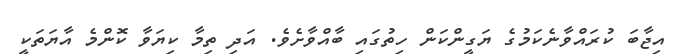
އިޖާބަ ކުރައްވާނެކަމުގެ ޔަގީންކަން ހިތުގައި ބާއްވާށެވެ. އަދި ތިމާ ކިޔަވާ ކޮންމެ އާޔަތަކީ